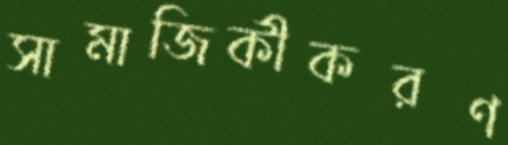
সামাজিকীকরণ